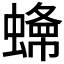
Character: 𧐲